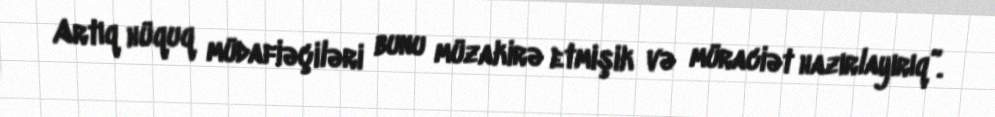
Artıq hüquq müdafiəçiləri bunu müzakirə etmişik və müraciət hazırlayırıq”.